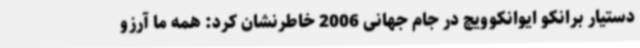
دستیار برانکو ایوانکوویچ در جام جهانی 2006 خاطرنشان کرد: همه ما آرزو